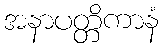
အနာပတ္တိကာနံ